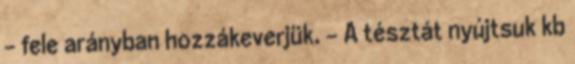
- fele arányban hozzákeverjük. - A tésztát nyújtsuk kb